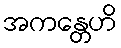
အကန္တေဟိ